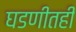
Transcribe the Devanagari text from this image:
घडणीतही